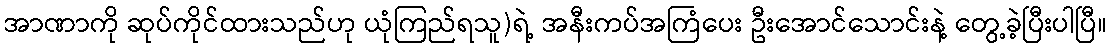
အာဏာကို ဆုပ်ကိုင်ထားသည်ဟု ယုံကြည်ရသူ)ရဲ့ အနီးကပ်အကြံပေး ဦးအောင်သောင်းနဲ့ တွေ့ခဲ့ပြီးပါပြီ။